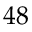
4 8